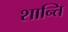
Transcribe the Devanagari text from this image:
शान्‍ति